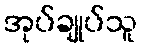
အုပ်ချုပ်သူ